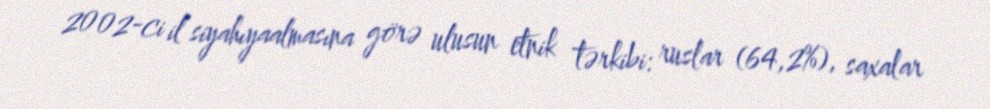
2002-ci il siyahıyaalmasına görə ulusun etnik tərkibi: ruslar (64,2%), saxalar